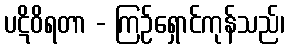
ပဋိဝိရတာ - ကြဉ်ရှောင်ကုန်သည်၊